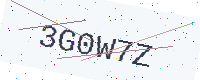
Text: 3G0W7Z